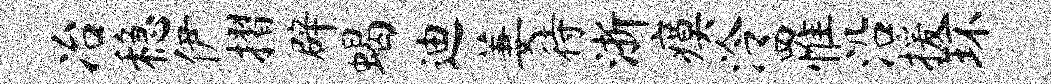
冶稳伊摺辟蝎迪萋待浙瘼泠罹沿援环